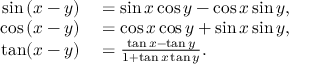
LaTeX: \begin{array} { r l } { \sin \left( x - y \right) } & { { } = \sin x \cos y - \cos x \sin y , } \\ { \cos \left( x - y \right) } & { { } = \cos x \cos y + \sin x \sin y , } \\ { \tan ( x - y ) } & { { } = { \frac { \tan x - \tan y } { 1 + \tan x \tan y } } . } \end{array}